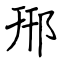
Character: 郉